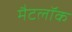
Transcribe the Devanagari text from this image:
मैटलॉक